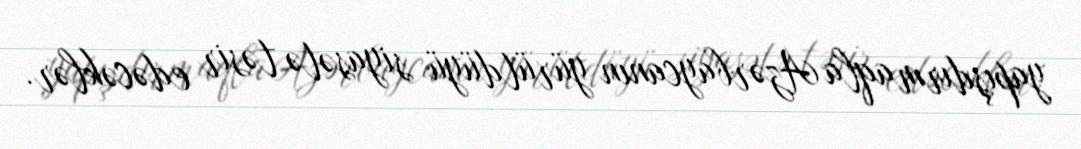
yapışdırmaqla Azərbaycanın yürütdüyü siyasətə təsir edəcəklər.